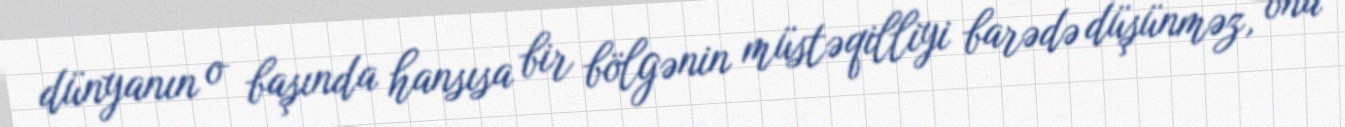
dünyanın o başında hansısa bir bölgənin müstəqilliyi barədə düşünməz, ona